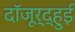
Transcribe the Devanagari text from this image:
दॉजूर्द्हुई